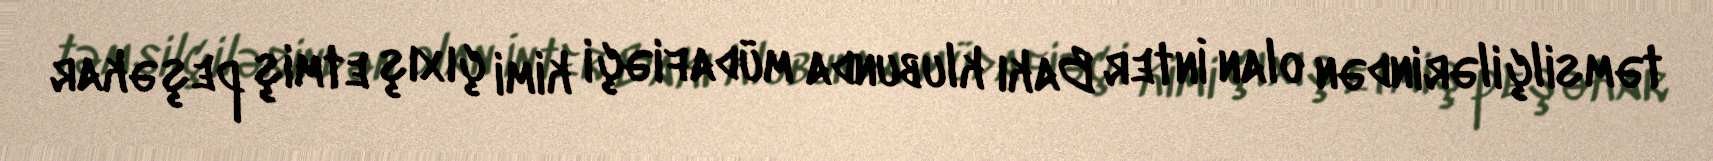
təmsilçilərindən olan İnter Bakı klubunda müdafiəçi kimi çıxış etmiş peşəkar